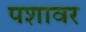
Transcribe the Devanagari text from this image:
पशावर